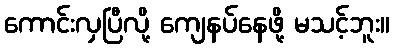
ကောင်းလှပြီလို့ ကျေနပ်နေဖို့ မသင့်ဘူး။